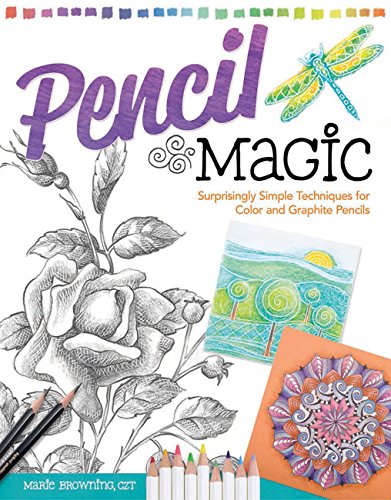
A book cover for Pencil Magic: Surprisingly Simple Techniques for Color and Graphite Pencils; Marie Browning CZT; Arts & Photography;